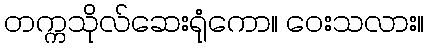
တက္ကသိုလ်ဆေးရုံကော။ ဝေးသလား။